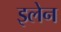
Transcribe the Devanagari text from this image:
इलेन